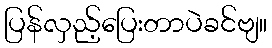
ပြန်လှည့်ပြေးတာပဲခင်ဗျ။